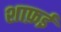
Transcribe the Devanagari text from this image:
शाफ़ई